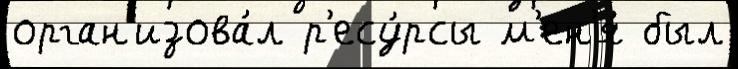
орган'изова́л р'есу́рсы м'ен'я́ был